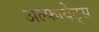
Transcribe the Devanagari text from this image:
अल्फाबेट्स